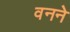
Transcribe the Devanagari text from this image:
वनने